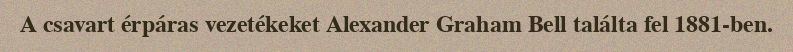
A csavart érpáras vezetékeket Alexander Graham Bell találta fel 1881-ben.